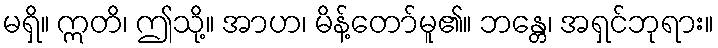
မရှိ။ ဣတိ၊ ဤသို့။ အာဟ၊ မိန့်တော်မူ၏။ ဘန္တေ၊ အရှင်ဘုရား။